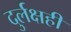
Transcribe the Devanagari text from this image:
दुर्लक्षही